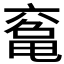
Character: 𠅾